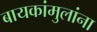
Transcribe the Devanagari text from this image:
बायकांमुलांना